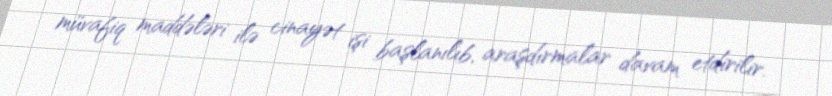
müvafiq maddələri ilə cinayət işi başlanılıb, araşdırmalar davam etdirilir.